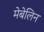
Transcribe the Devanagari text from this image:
मेबेलिन